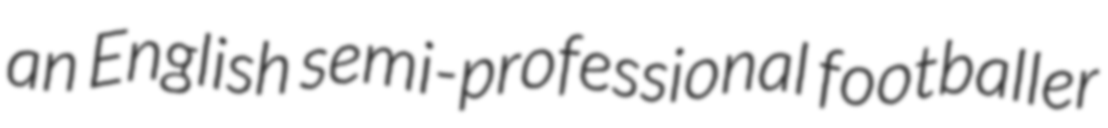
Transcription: an English semi-professional footballer